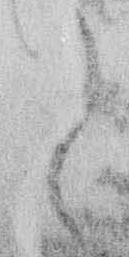
く